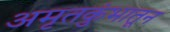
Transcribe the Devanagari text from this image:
अमृतकुंभातून